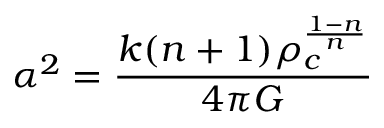
\alpha ^ { 2 } = \frac { k ( n + 1 ) \rho _ { c } ^ { \frac { 1 - n } { n } } } { 4 \pi G }